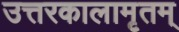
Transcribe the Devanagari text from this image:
उत्तरकालामृतम्